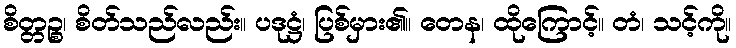
စိတ္တဉ္စ၊ စိတ်သည်လည်း။ ပဒုဋ္ဌံ၊ ပြစ်မှား၏။ တေန၊ ထိုကြောင့်။ တံ၊ သင့်ကို။